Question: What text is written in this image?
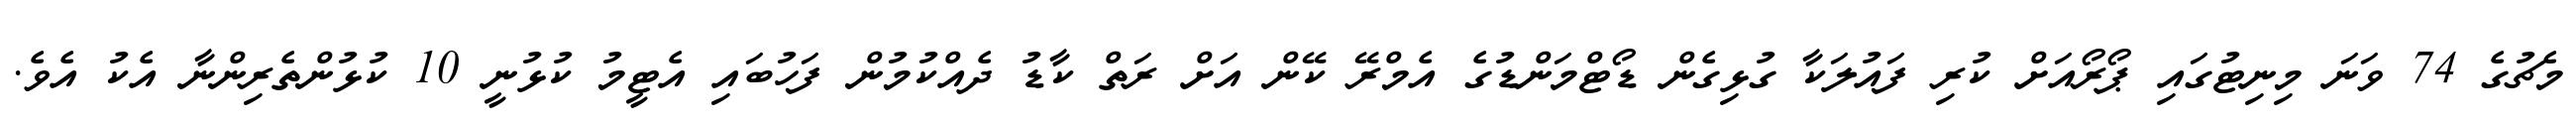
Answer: މެޗުގެ 74 ވަނަ މިނިޓުގައި ޕޯރޯއަށް ކުރި ފައުލަކާ ގުޅިގެން ޑޯޓްމަންޑުގެ އެމްރޭ ކޭން އަށް ރަތް ކާޑު ދެއްކުމުން ފަހުބައި އެޓީމު ކުޅުނީ 10 ކުޅުންތެރިންނާ އެކު އެވެ.